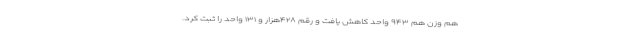
هم وزن هم ۹۴۳ واحد کاهش یافت و رقم ۴۲۸هزار و ۱۳۱ واحد را ثبت کرد.